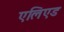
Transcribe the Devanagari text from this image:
एलिएड